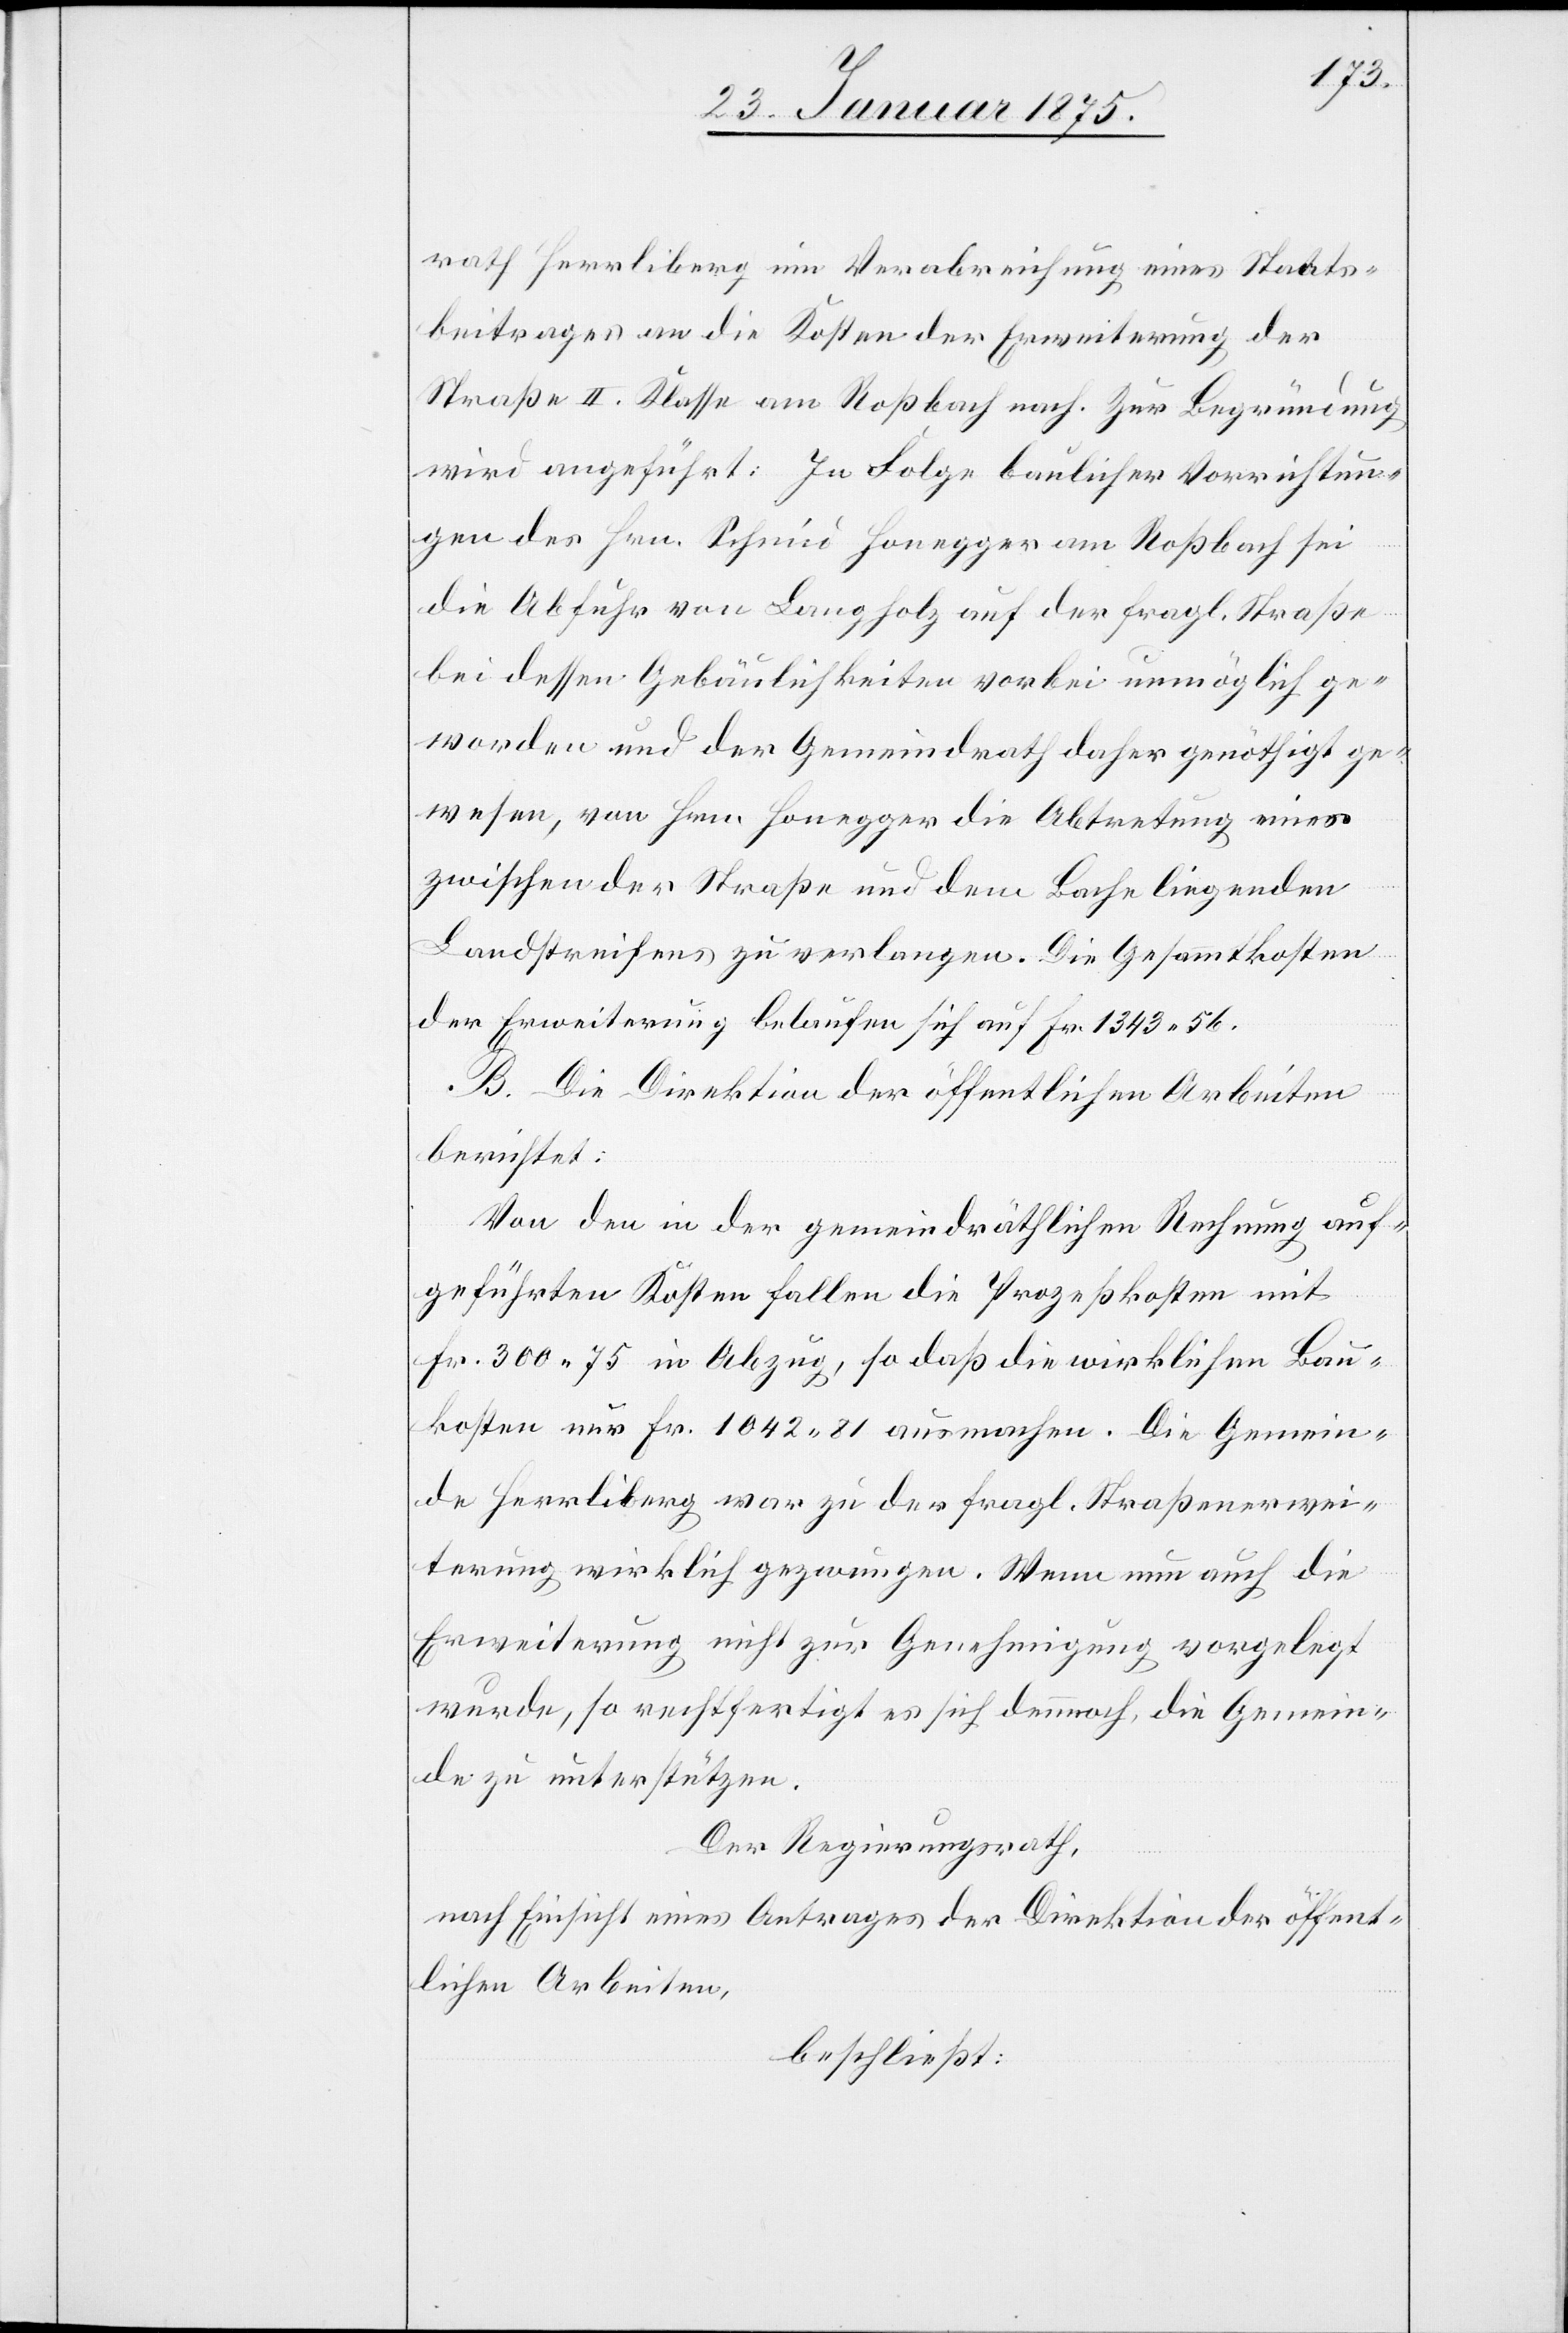
rath Herrliberg um Verabreichung eines Staats¬
beitrages an die Kosten der Erweiterung der
Straße II. Klasse am Roßbach nach. Zur Begründung
wird angeführt: In Folge baulicher Vorrichtun¬
gen des Hrn. Schmid Honegger am Roßbach sei
die Abfuhr von Langholz auf der fragl. Straße
bei dessen Gebäulichkeiten vorbei unmöglich ge¬
worden und der Gemeindrath daher genöthigt ge¬
wesen, von Hrn. Honegger die Abtretung eines
zwischen der Straße und dem Bache liegenden
Landstreifens zu verlangen. Die Gesammtkosten
der Erweiterung belaufen sich auf Fr. 1343. 56.
B. Die Direktion der öffentlichen Arbeiten
berichtet:
Von den in der gemeindräthlichen Rechnung auf¬
geführten Kosten fallen die Prozeßkosten mit
Fr. 300. 75 in Abzug, so daß die wirklichen Bau¬
kosten nur Fr. 1042. 81 ausmachen. Die Gemein¬
de Herrliberg war zu der fragl. Straßenerwei¬
terung wirklich gezwungen. Wenn nun auch die
Erweiterung nicht zur Genehmigung vorgelegt
werde, so rechtfertigt es sich dennoch, die Gemein¬
de zu unterstützen.
Der Regierungsrath,
nach Einsicht eines Antrages der Direktion der öffent¬
lichen Arbeiten,
beschließt: